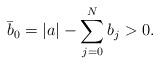
LaTeX: \begin{align*}\bar{b}_0 = |a|-\sum_{j=0}^{N} b_j>0.\end{align*}